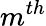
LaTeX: m^{th}